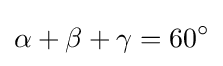
\alpha +\beta +\gamma =60^{\circ }